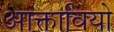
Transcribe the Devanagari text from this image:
आक्तावियो